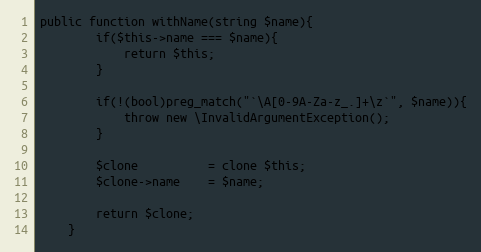
Language: PHP
public function withName(string $name){
        if($this->name === $name){
            return $this;
        }

        if(!(bool)preg_match("`\A[0-9A-Za-z_.]+\z`", $name)){
            throw new \InvalidArgumentException();
        }

        $clone          = clone $this;
        $clone->name    = $name;

        return $clone;
    }